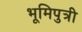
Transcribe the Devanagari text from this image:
भूमिपुत्री